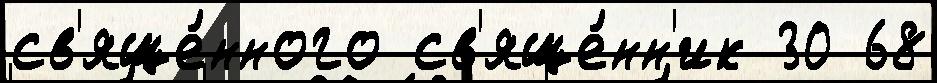
св'яще́нного св'яще́нн'ик 30 68